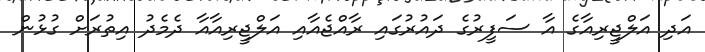
އަދި އަލްޖީރިއާގެ އާ ސަފީރުގެ ދައުރުގައި ރާއްޖެއާއި އަލްޖީރިއާއާ ދެމެދު އިތުރަށް ގުޅުން